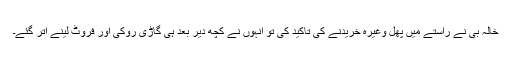
خالہ بی نے راستے میں پھل وغیرہ خریدنے کی تاکید کی تو انہوں نے کچھ دیر بعد ہی گاڑی روکی اور فروٹ لینے اتر گئے۔